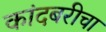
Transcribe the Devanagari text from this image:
कांदबरीचा